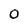
Character: 0